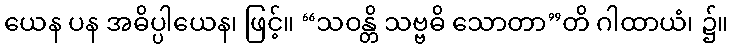
ယေန ပန အဓိပ္ပါယေန၊ ဖြင့်။ “သဝန္တိ သဗ္ဗဓိ သောတာ”တိ ဂါထာယံ၊ ၌။